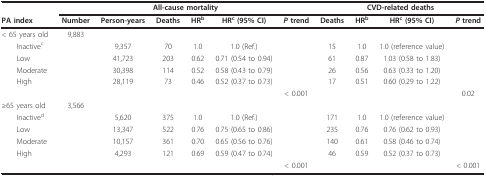
|  | <COLSPAN=6> All-cause mortality | <COLSPAN=4> CVD-related deaths |
 | PA index | Number | Person-years | Deaths | HRb | HRc (95% CI) | P trend | Deaths | HRb | HRc (95% CI) | P trend |
 | --- | --- | --- | --- | --- | --- | --- | --- | --- | --- | --- |
 | < 65 years old | 9,883 |  |  |  |  |  |  |  |  |  |
 | Inactivec |  | 9,357 | 70 | 1.0 | 1.0 (Ref.) |  | 15 | 1.0 | 1.0 (reference value) |  |
 | Low |  | 41,723 | 203 | 0.62 | 0.71 (0.54 to 0.94) |  | 61 | 0.87 | 1.03 (0.58 to 1.83) |  |
 | Moderate |  | 30,398 | 114 | 0.52 | 0.58 (0.43 to 0.79) |  | 26 | 0.56 | 0.63 (0.33 to 1.20) |  |
 | High |  | 28,119 | 73 | 0.46 | 0.52 (0.37 to 0.73) |  | 17 | 0.51 | 0.60 (0.29 to 1.22) |  |
 |  |  |  |  |  |  | < 0.001 |  |  |  | 0.02 |
 | ≥65 years old | 3,566 |  |  |  |  |  |  |  |  |  |
 | Inactived |  | 5,620 | 375 | 1.0 | 1.0 (Ref.) |  | 171 | 1.0 | 1.0 (reference value) |  |
 | Low |  | 13,347 | 522 | 0.76 | 0.75 (0.65 to 0.86) |  | 235 | 0.76 | 0.76 (0.62 to 0.93) |  |
 | Moderate |  | 10,157 | 361 | 0.70 | 0.65 (0.56 to 0.76) |  | 140 | 0.61 | 0.58 (0.46 to 0.74) |  |
 | High |  | 4,293 | 121 | 0.69 | 0.59 (0.47 to 0.74) |  | 46 | 0.59 | 0.52 (0.37 to 0.73) |  |
 |  |  |  |  |  |  | < 0.001 |  |  |  | < 0.001 |